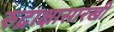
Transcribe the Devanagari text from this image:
रुद्राक्षासारखी